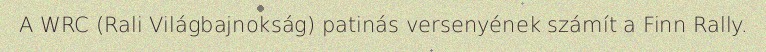
A WRC (Rali Világbajnokság) patinás versenyének számít a Finn Rally.